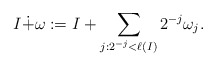
\begin{align*}I\dot+\omega:=I+\sum_{j:2^{-j}<\ell(I)}2^{-j}\omega_j.\end{align*}